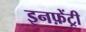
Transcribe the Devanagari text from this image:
इनफ़ेंट्री